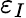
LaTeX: \varepsilon_{I}